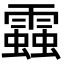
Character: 𧓑